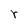
Character: r